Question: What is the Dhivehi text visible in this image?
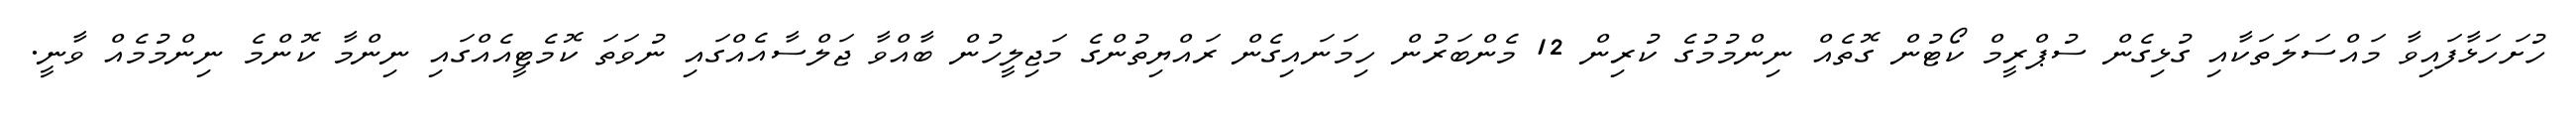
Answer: ހުށަހަޅާފައިވާ މައްސަލަތަކާއި ގުޅިގެން ސުޕްރީމް ކޯޓުން ގޮތެއް ނިންމުމުގެ ކުރިން 12 މެންބަރުން ހިމަނައިގެން ރައްޔިތުންގެ މަޖިލީހުން ބާއްވާ ޖަލްސާއެއްގައި ނުވަތަ ކޮމެޓީއެއްގައި ނިންމާ ކޮންމެ ނިންމުމެއް ވާނީ.